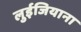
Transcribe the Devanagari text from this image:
लुईजियाना